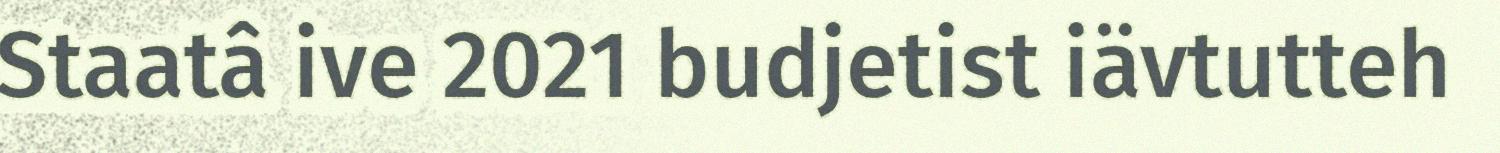
Staatâ ive 2021 budjetist iävtutteh